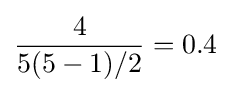
{\frac {4}{5(5-1)/2}}=0.4